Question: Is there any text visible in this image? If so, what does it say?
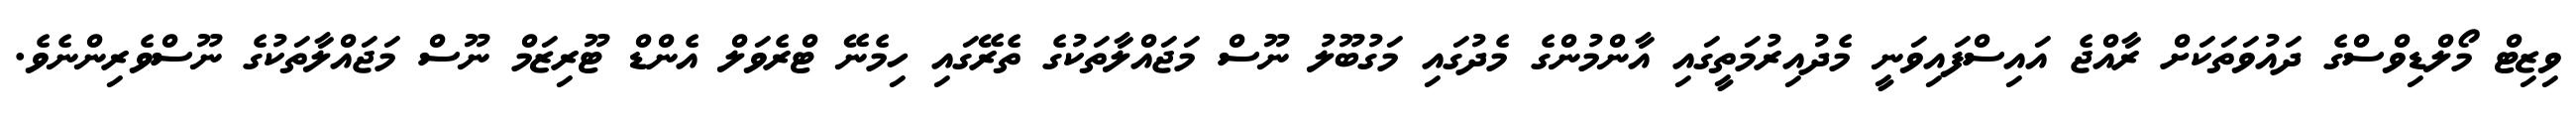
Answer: ވިޒިޓް މޯލްޑިވްސްގެ ދައުވަތަކަށް ރާއްޖެ އައިސްފައިވަނީ މެދުއިރުމަތީގައި އާންމުންގެ މެދުގައި މަގުބޫލު ނޫސް މަޖައްލާތަކުގެ ތެރޭގައި ހިމެނޭ ޓްރެވަލް އެންޑް ޓޫރިޒަމް ނޫސް މަޖައްލާތަކުގެ ނޫސްވެރިންނެވެ.